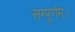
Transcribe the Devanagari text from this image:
सम्पूर्णम्।